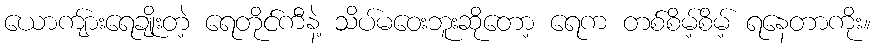
ယောကျ်ားရေချိုးတဲ့ ရေတိုင်ကီနဲ့ သိပ်မဝေးဘူးဆိုတော့ ရေက တစ်စိမ့်စိမ့် ရနေတာကိုး။